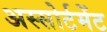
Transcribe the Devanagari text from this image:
अस्सोर्टमेंट